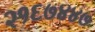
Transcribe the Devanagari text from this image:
२१६७४४७